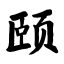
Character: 颐